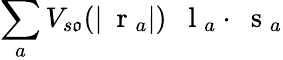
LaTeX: \sum_{a}V_{s\mathfrak{o}}(|\mathrm{{~\mathbf{~}r~}}_{a}|)\; \mathrm{{~\mathbf{~}l~}}_{a}\cdot\mathrm{{~\mathbf{~}s~}}_{a}